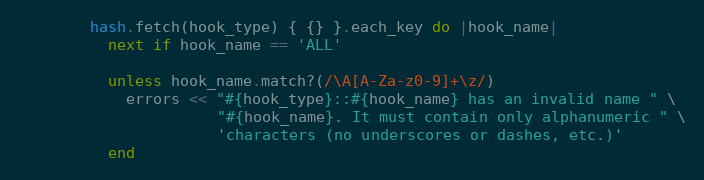
Language: Ruby
        hash.fetch(hook_type) { {} }.each_key do |hook_name|
          next if hook_name == 'ALL'

          unless hook_name.match?(/\A[A-Za-z0-9]+\z/)
            errors << "#{hook_type}::#{hook_name} has an invalid name " \
                      "#{hook_name}. It must contain only alphanumeric " \
                      'characters (no underscores or dashes, etc.)'
          end